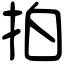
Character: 拍